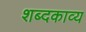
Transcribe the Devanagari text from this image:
शब्दकाव्य